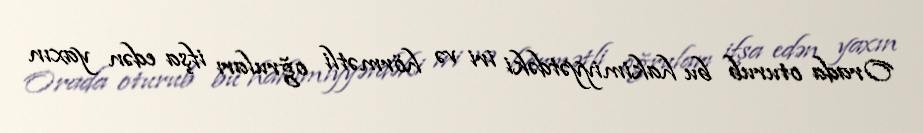
Orada oturub bu hakimiyyətdəki iri və hörmətli oğruları ifşa edən yaxın